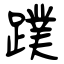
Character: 蹼